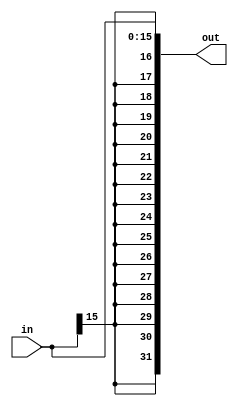
`ifndef __SIGNEXTEND_V__
`define __SIGNEXTEND_V__

module SignExtend (
	output wire [31:0] out,
	input wire [15:0] in
	);

	assign out  = { { 16{in[15]} }, in };

endmodule

`endif /*__SIGNEXTEND_V__*/